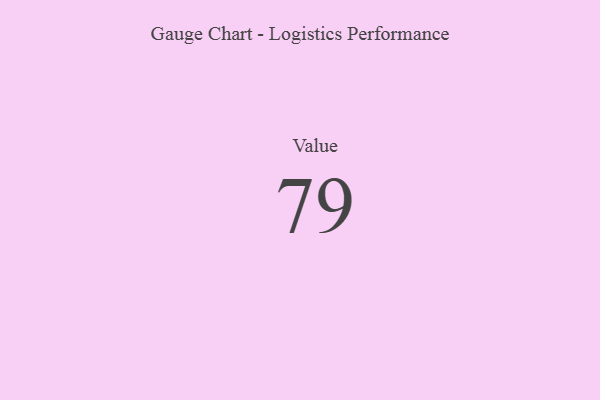
{"axis": {"x": "Metric", "y": "Value"}, "legend": [""], "data": [{"x": "Value", "y": 79, "type": ""}]}